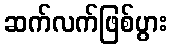
ဆက်လက်ဖြစ်ပွား